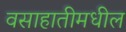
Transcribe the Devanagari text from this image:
वसाहातीमधील